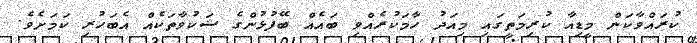
ކުރައްވާކަން މީޑިއާ ކުރިމަތީގައި މިއަދު ހާމަކުރެއްވި ބައެއް ބޭފުޅުންގެ ޝަކުވާތަކެއް އެބަހުރި ކަމަށެވެ.